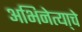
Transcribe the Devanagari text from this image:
अभिनेत्या्चे